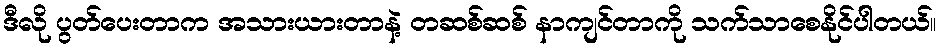
ဒီလို ပွတ်ပေးတာက အသားယားတာနဲ့ တဆစ်ဆစ် နာကျင်တာကို သက်သာစေနိုင်ပါတယ်။